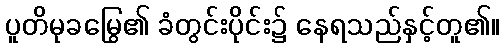
ပူတိမုခမြွေ၏ ခံတွင်းပိုင်း၌ နေရသည်နှင့်တူ၏။